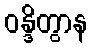
ဝန္ဒိတွာန